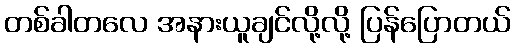
တစ်ခါတလေ အနားယူချင်လို့လို့ ပြန်ပြောတယ်